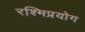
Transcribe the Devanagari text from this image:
रश्मिप्रयोग